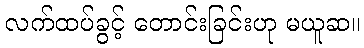
လက်ထပ်ခွင့် တောင်းခြင်းဟု မယူဆ။